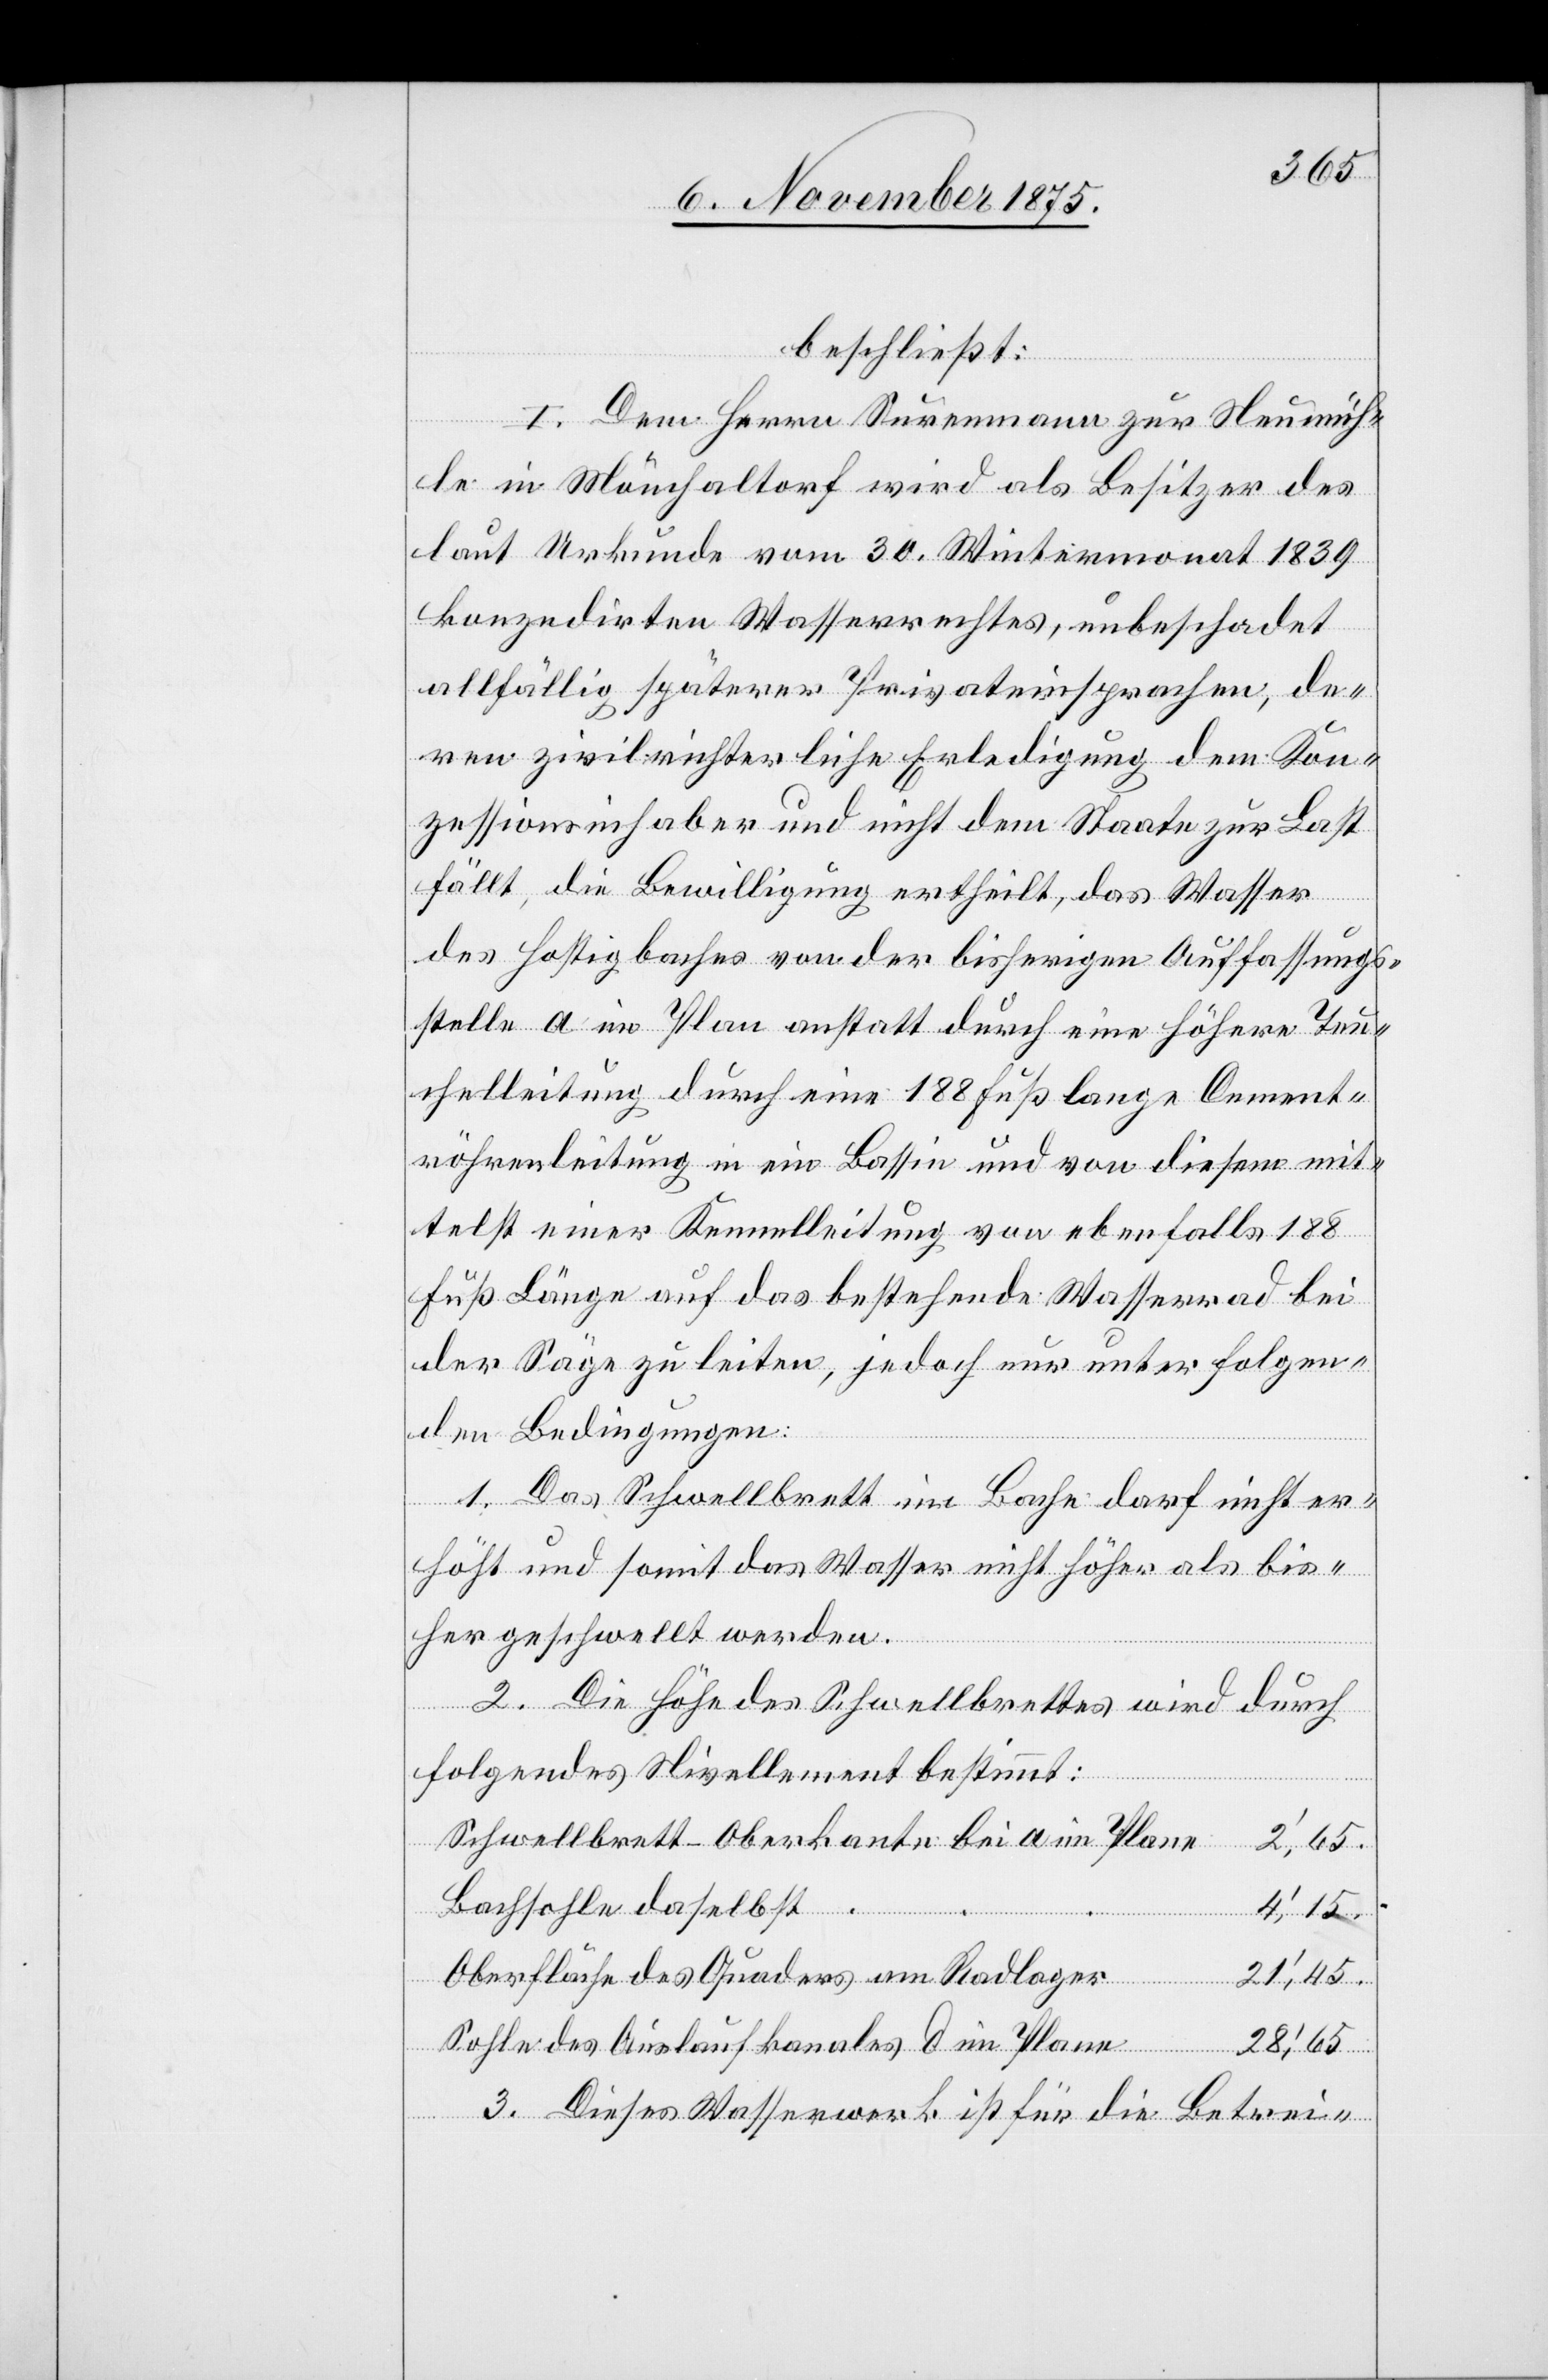
beschließt:
I. Dem Herrn Surenmann zur Neumüh¬
le in Mönchaltorf wird als Besitzer des
laut Urkunde vom 30. Wintermonat 1839
konzedirten Wasserrechtes, unbeschadet
allfällig späterer Privateinsprachen, de¬
ren zivilrichterliche Erledigung dem Kon¬
zessionsinhaber und nicht dem Staate zur Last
fällt, die Bewilligung ertheilt, das Wasser
des Hostigbaches von der bisherigen Auffassungs¬
stelle a im Plan anstatt durch eine höhere [si¬
chelleitung durch eine 188 Fuß lange Cement¬
röhrenleitung in ein Bassin und von diesem mit¬
telst einer Kennelleitung von ebenfalls 188
Fuß Länge auf das bestehende Wasserrad bei
der Säge zu leiten, jedoch nur unter folgen¬
den Bedingungen:
1. Das Schwellbrett im Bache darf nicht er¬
höht und somit das Wasser nicht höher als bis¬
her geschwellt werden.
2. Die Höhe des Schwellbrettes wird durch
folgendes Nivellement bestimmt:
Schwellbrett-Oberkante bei a im Plane
28‘,65.
Bachsohle daselbst
4‘,15.
Oberfläche des Quaders am Radlager
Sohle des Auslaufkanales[,] d im Plane
3. Dieses Wasserwerk ist für die Betrei-